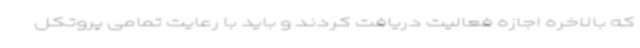
که بالاخره اجازه فعالیت دریافت کردند و باید با رعایت تمامی پروتکل